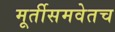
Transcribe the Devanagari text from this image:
मूर्तीसमवेतच